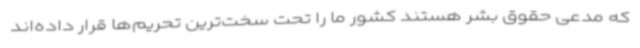
که مدعی حقوق بشر هستند کشور ما را تحت سخت‌ترین تحریم‌ها قرار داده‌اند